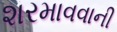
શરમાવવાની